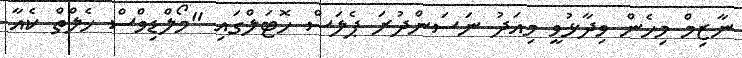
ނާޒިމް މިހެން ވިދާޅުވީ މިއަދު ނަސަންދުރަ ޕެލަސް ހޮޓަލްގައި "މޯލްޑިވްސް ހެލްތް ކެއާ